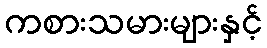
ကစားသမားများနှင့်